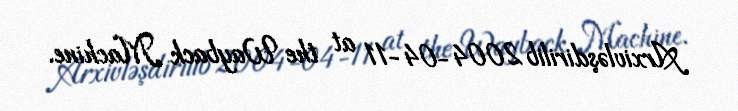
Arxivləşdirilib 2004-04-11 at the Wayback Machine.